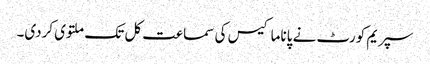
سپریم کورٹ نے پاناما کیس کی سماعت کل تک ملتوی کردی۔